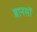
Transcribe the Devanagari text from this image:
बानसों